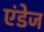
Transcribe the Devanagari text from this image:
एंडेज